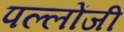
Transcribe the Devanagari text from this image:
पल्लोंजी